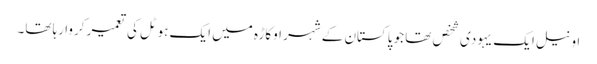
اونیل ایک یہودی شخص تھا جو پاکستان کے شہر اوکاڑہ میں ایک ہوٹل کی تعمیر کروا رہا تھا۔